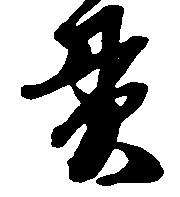
貫